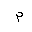
Letter: _mim